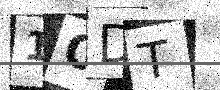
Text: 1ODT